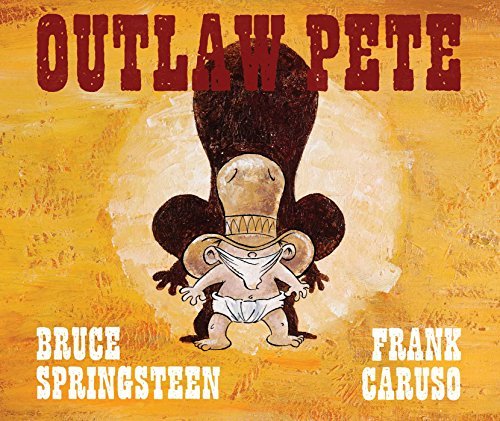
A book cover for Outlaw Pete; Bruce Springsteen; Comics & Graphic Novels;